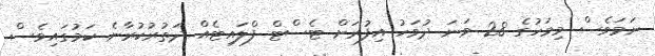
ނަަމަވެސް މިމަހުގެ 28 ވަނަ ދުވަހު އިފުރަށް ޓެސްޓް ފްލައިޓެއް ދަތުރުކުރާނެ ކަމުގައިވެސް